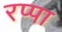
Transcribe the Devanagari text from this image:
रप्पा